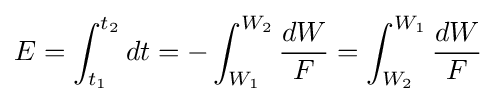
E=\int _{t_{1}}^{t_{2}}dt=-\int _{W_{1}}^{W_{2}}{\frac {dW}{F}}=\int _{W_{2}}^{W_{1}}{\frac {dW}{F}}